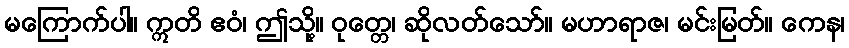
မကြောက်ပါ။ ဣတိ ဧဝံ၊ ဤသို့။ ဝုတ္တေ၊ ဆိုလတ်သော်။ မဟာရာဇ၊ မင်းမြတ်။ ကေန၊